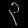
Digit: ၃